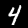
Label: 4